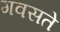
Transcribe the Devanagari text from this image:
गवसते